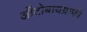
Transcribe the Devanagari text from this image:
ऑटोबायग्राफी